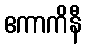
ဧကာကိနီ